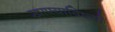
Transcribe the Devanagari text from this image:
खाण्याविषयी